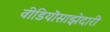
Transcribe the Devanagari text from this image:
वीडियॊसाझेदारी